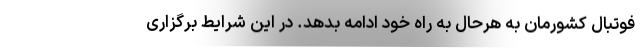
فوتبال کشورمان به هرحال به راه خود ادامه بدهد. در این شرایط برگزاری